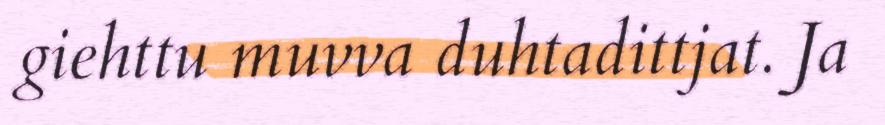
giehttu muvva duhtadittjat. Ja